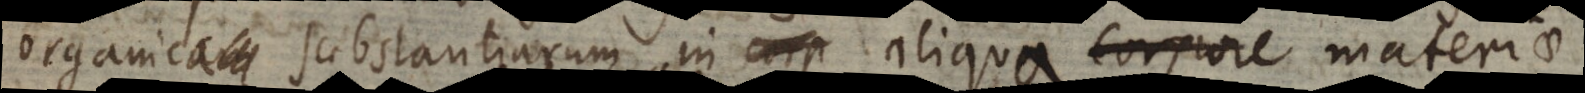
organicum substantiarum in aliquo corpore aliqua